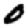
Digit: 0